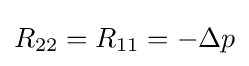
R_{22}=R_{11}=-\Delta p